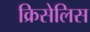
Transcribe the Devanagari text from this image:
क्रिसेलिस